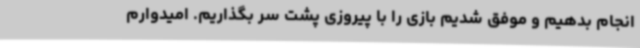
انجام بدهیم و موفق شدیم بازی را با پیروزی پشت سر بگذاریم. امیدوارم